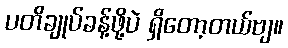
ပတိချုပ်ခန့်ဖို့ပဲ ရှိတော့တယ်ဗျ။